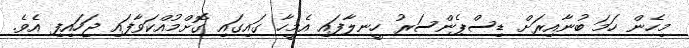
މިހެން ހަމަ ބުނާއިރަށް ޑިސްޕެންސަރު ހީނލާފައި އެމީހާ ގައިގައި ގޮށްމުއްކަވާފައި ޖަހައިފި އެވެ.